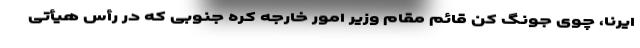
ایرنا، چوی جونگ کن قائم مقام وزیر امور خارجه کره جنوبی که در رأس هیأتی